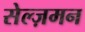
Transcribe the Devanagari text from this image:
सेल्ज़मन